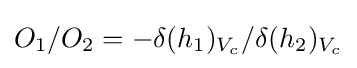
O_{1}/O_{2}=-\delta (h_{1})_{V_{c}}/\delta (h_{2})_{V_{c}}